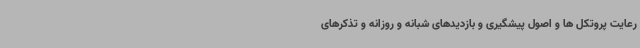
رعایت پروتکل ها و اصول پیشگیری و بازدیدهای شبانه و روزانه و تذکرهای